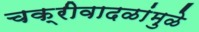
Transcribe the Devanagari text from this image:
चक्रीवादळांमुळे